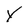
Character: Y